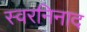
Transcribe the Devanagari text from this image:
स्वरनिनाद